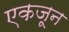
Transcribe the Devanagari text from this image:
एकजून